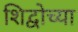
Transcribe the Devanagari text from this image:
शिद्वोच्या